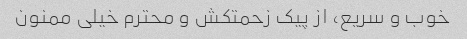
خوب و سریع، از پیک زحمتکش و محترم خیلی ممنون